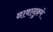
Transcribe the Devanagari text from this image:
नावानुक्रमे